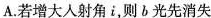
A.若增大人射角i，则b光先消失